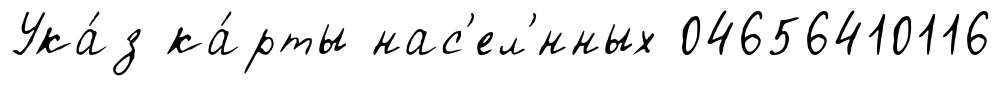
Ука́з ка́рты нас'ел'́нных 04656410116